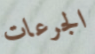
الجرعات